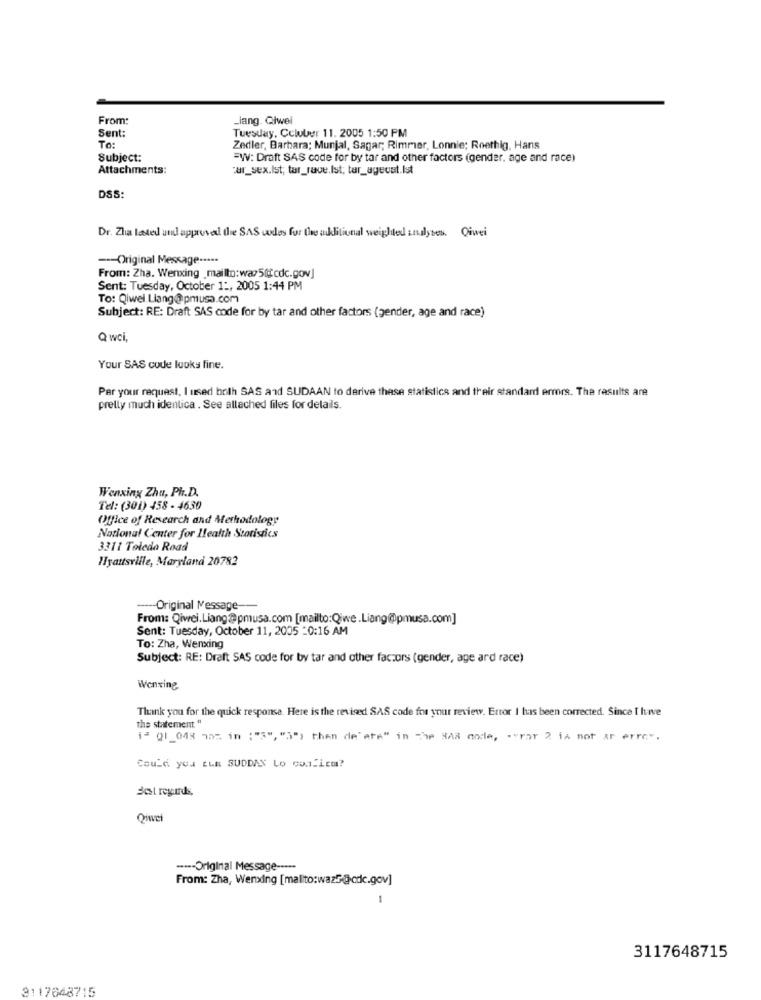
From:
_lang. Giwel
Sent:
Tuesday, Coluber 11. 2005 1:50 PM
To:
Zedler, Barbara; Munjal, Sagar; Rimmer, Lonnie; Roethig, Hans
Subject:
=W: Draft SAS code for by tar and other factors (gender, age and race)
Attachments:
cur_sex.Ist; tar_rave.Ist; tar_agecut.Ist
DSS:
Dr. Zlia lased und approved the SAS codes for the uklitional weighted undlytes. Qiwei
--- Original Message -****
From: Zha. Wenxing _mailto:war5@cdc.gov]
Sent: Tuesday, October 1 :, 2005 1:44 PM
To: Qiwel Liang@pmusa.com
Subject: RE: Draft SAS code for by tar and other factors (gender, age and race)
Q wci,
Your SAS code looks fine.
Per your request, I used brilh SAS and SUDAAN to derive these statistics and their standard errors. The results are
pretty much identica . See allached files for details.
Wenxing Zhu, Ph.D.
Tel: (301) 458 - 4630
Office of Research and Methodology
National Center for Health Statistics
3311 Toledo Road
Hyattsville, Maryland 20782
----- Original Message --
From: Qiwei. Liang@pmusa.com [mailto:Qiwe.Liang@pmusa.com]
Sent: Tuesday, October 11, 2005 -0:16 AM
To: Zha, Wenxing
Subject: RE: Draft SAS code for by tar and other factors (gender, age ard race)
Wenving
Thank you for the quick response. Here is the revised SAS code for your review. Error I has been corrected. Since I have
the statement "
i= Q1 048 75% in : "3", "3") then de"are" in The BAR code, . " rar 2 is not ar error.
Could you ELE SUDDAN Lo conlicm?
Best regards,
Qiwei
----- Original Message -----
From: Zha, Wenxing [malito:wazf-@cdc.gov]
-
3117648715
3117648715